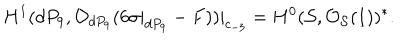
H ^ { 1 } ( d P _ { 9 } , { \cal O } _ { d P _ { 9 } } ( 6 \sigma | _ { d P _ { 9 } } - F ) ) | _ { c _ { - 3 } } = H ^ { 0 } ( { \cal S } , { \cal O } _ { { \cal S } } ( 1 ) ) ^ { * } .